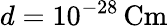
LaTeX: d=10^{-28}\, \mathrm{Cm}